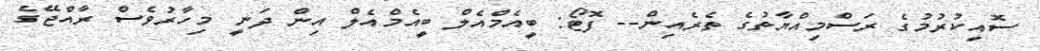
ސޮއިކުރުމުގެ ރަސްމިއްޔާތުގެ ތެރެއިން-- ފޮޓޯ: ބީއެމްއެލް ބީއެމްއެލް އިން ދަނީ މިހާރުވެސް ރާއްޖޭގެ